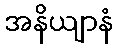
အနိယျာနံ